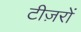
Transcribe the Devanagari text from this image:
टीज़रों